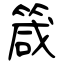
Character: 箴